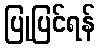
ပြုပြင်ရန်